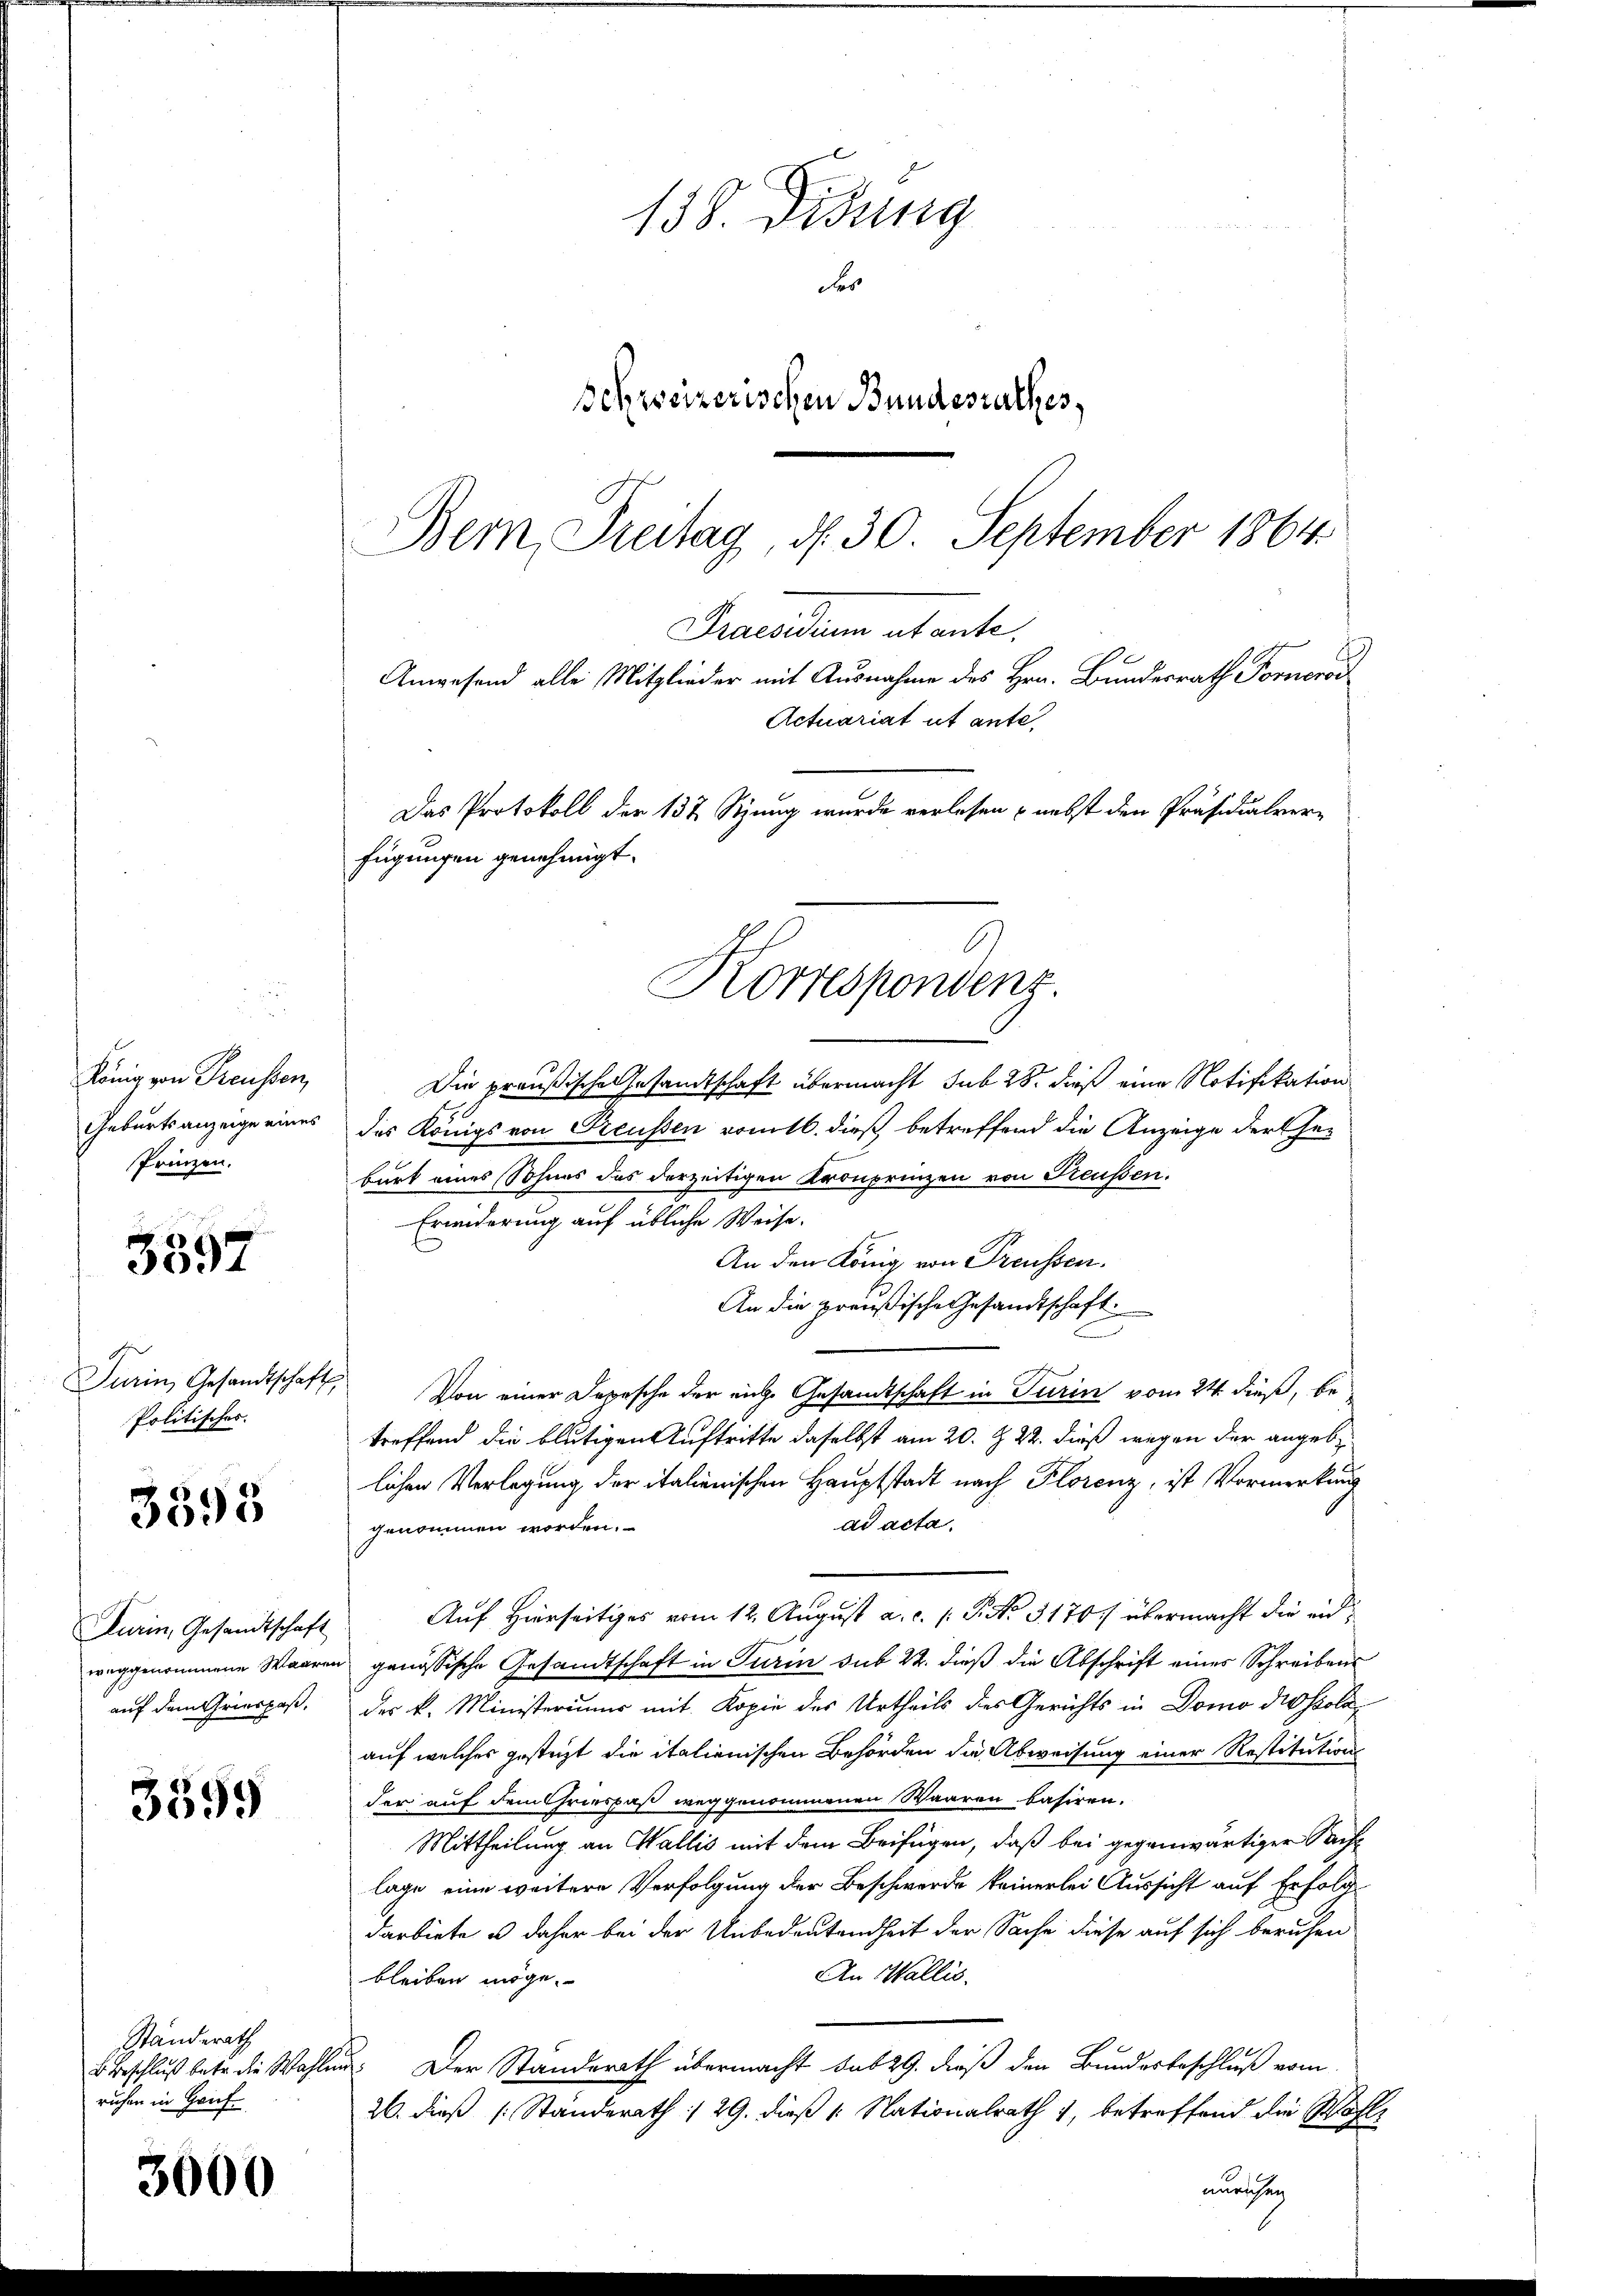
158. Didung
Fes
Schweizerischen Bundesrathes,

Bem, Freitag, d. 30. September 1864.
Praesidium utante,
Actuariat ut ante
Das Protokoll der 137 Stzung wurde verlesen - nebst den Präsidialver-
fügungen genehmigt.
Korrespondenz.

Die preußische Gesamtschaft übermacht sub 28. dieß eine Notifikation
des Königs von Preussen vomtl. dieß betreffend die Anzeige der Gebart eines Sohnes des derzeitigen Kronprinzen von Freussen.
Erwiderung auf übliche Weise.
An den König von Freussen.
An die preußische Gesandtschaft
Von einer Depesche der eiche Gesandtschaft in Turin vom 24. dieß, be-
treffend die blutigen Auftritte daselbst am 20. Z. 22. dieß wegen der angeblichen Verlegung der italienischen Hauptstadt nach Florenz, ist Vormerkung
dd acta.
genommen worden.
Auf Hierseitiges vom 12. August a. c. p. P. No. 3170/ übermacht die eid¬
u genössische Gesandtschaft in Turin sub 22. dieß die Abschrift eines Schreibens
des k. Ministeriums mit Kopie des Urtheils des Gerichts in Domo die sola
auf welches gesteht die italienischen Behörden die Abweisung einer Restitutions
der auf dem Griespaß weggenommenen Waaren basiren.
Mittheilung an Wallis mit dem Beifügen, daß bei gegenwärtiger Sache
lage eine weitere Verfolgung der Beschwerde keinerlei Aussicht auf Erfolg
darbiete u daher bei der Unbedeutendheit der Sache diese auf sich berichen
An Wallis.
bleiben möge.
u. Der Standerath übermacht sub 29. dieß den Bundesbeschluß vom
26. dieß [Ständerath :/ 29. dieß 1: Nationalrath 1, betreffend die Wohl
unruhen

Anwesend alle Mitglieder mit Ausnahme des Hrn. Bundesrath Pomeroi

König von Preussen,
Geburtsanzeige eines
Prinzen.

3897

Turin, Gesandtschaf
Politisches.

3595

Furin, Gesandtschaft
weggenommene Waar
auf dem Griespas,

3599

Ständerath
B. Beschluß betr. die Wahl
ruhen in Grif

3000